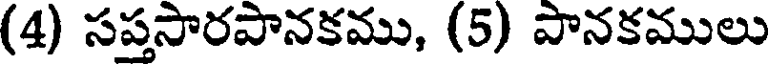
(4) సప్తసారపానకము, (5) పానకములు